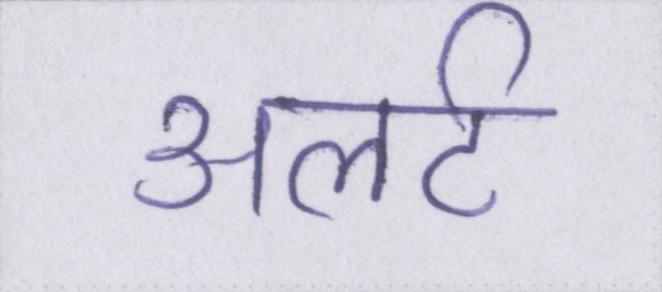
अलर्ट